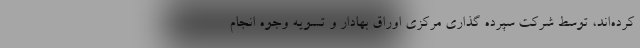
کرده‌اند، توسط شرکت سپرده گذاری مرکزی اوراق بهادار و تسویه وجوه انجام